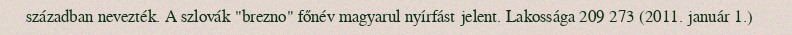
században nevezték. A szlovák "brezno" főnév magyarul nyírfást jelent. Lakossága 209 273 (2011. január 1.)